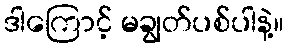
ဒါကြောင့် မချွတ်ပစ်ပါနဲ့။